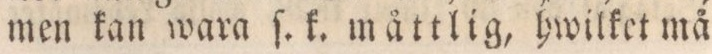
men kan wara ſ. k. måttlig, hwilket må